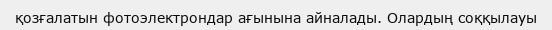
қозғалатын фотоэлектрондар ағынына айналады. Олардың соққылауы